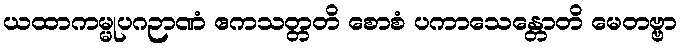
ယထာကမ္မုပဂဉာဏံ ဧကသတ္တတိ စောစံ ပကာသေန္တောတိ မေတဗ္ဗာ